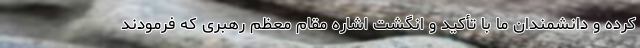
کرده و دانشمندان ما با تأکید و انگشت اشاره مقام معظم رهبری که فرمودند